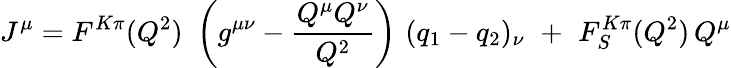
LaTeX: J^{\mu}=F^{K\pi}(Q^{2})\, \, \left(g^{\mu\nu}-\frac{Q^{\mu}Q^{\nu}}{Q^{2}}\right)\, \, (q_{1}-q_{2})_{\nu}\, \, +\, \, F_{S}^{K\pi}(Q^{2})\, Q^{\mu}